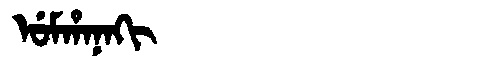
Manchu: ᡠᠮᡥᠠᠨᠠᡴᡳ
Romanization: UMHANAKI